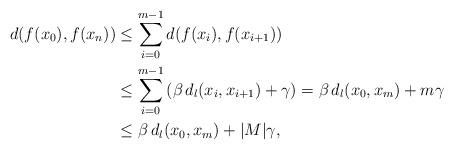
LaTeX: \begin{align*} d(f(x_0), f(x_n)) &\leq \sum_{i = 0}^{m-1} d(f(x_i), f(x_{i+1})) \\ &\leq \sum_{i = 0}^{m-1} \left( \beta \, d_l(x_i, x_{i+1}) + \gamma \right) = \beta \, d_l(x_0, x_m) + m \gamma \\ &\leq \beta \, d_l(x_0, x_m) + |M| \gamma, \end{align*}